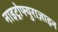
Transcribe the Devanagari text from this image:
नाइट्रोफ्युराज़ाइन